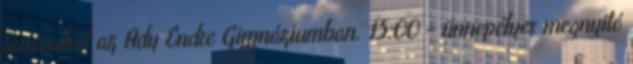
tanáraikat az Ady Endre Gimnáziumban. 15:00 - ünnepélyes megnyitó